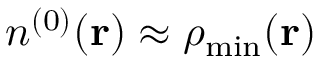
n ^ { ( 0 ) } ( { \bf r } ) \approx \rho _ { \mathrm { m i n } } ( { \bf r } )